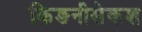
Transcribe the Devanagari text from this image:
किङनीसेकश